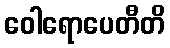
ဝေါရောပေတီတိ